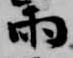
雨